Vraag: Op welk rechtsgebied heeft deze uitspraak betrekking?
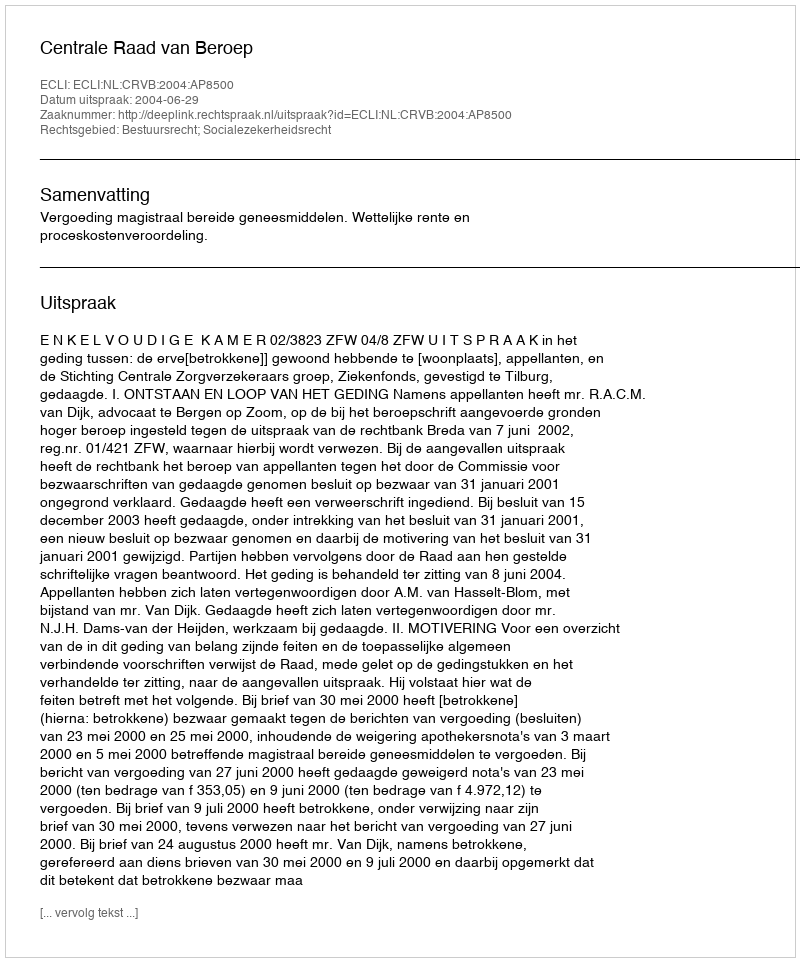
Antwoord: Bestuursrecht; Socialezekerheidsrecht